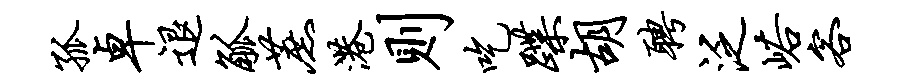
孤卓退觚蔗港则吃蹀胡聘泛峪客